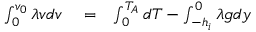
\begin{array} { r l r } { \int _ { 0 } ^ { v _ { 0 } } \lambda v d v } & { { } = } & { \int _ { 0 } ^ { T _ { A } } d T - \int _ { - h _ { i } } ^ { 0 } \lambda g d y } \end{array}